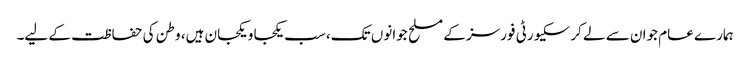
ہمارے عام جوان سے لے کر سکیورٹی فورسز کے مسلح جوانوں تک، سب یکجا و یکجان ہیں، وطن کی حفاظت کے لیے۔